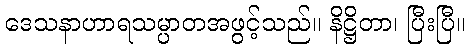
ဒေသနာဟာရသမ္ပာတအဖွင့်သည်။ နိဋ္ဌိတာ၊ ပြီးပြီ။